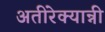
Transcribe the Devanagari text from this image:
अतीरेक्यान्नी